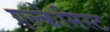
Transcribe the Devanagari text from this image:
एल्केमिस्ट